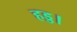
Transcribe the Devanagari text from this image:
हड्ड।